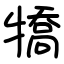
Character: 犞